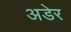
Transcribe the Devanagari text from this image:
अडेर